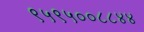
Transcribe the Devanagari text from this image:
९५९५००८८४४